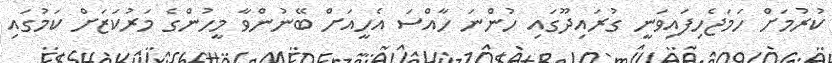
ކުރުމަށް ހަމަޖެހިފައިވަނީ ގުރައިދޫގައި ހުންނަ ހާއްސަ އެހީއަށް ބޭނުންވާ މީހުންގެ މަރުކަޒަށް ކަމުގައި